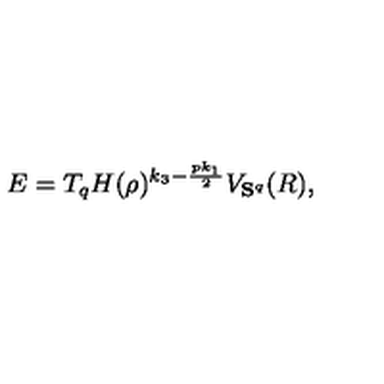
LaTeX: E = T _ { q } H ( \rho ) ^ { k _ { 3 } - \frac { p k _ { 1 } } { 2 } } V _ { { \bf S } ^ { q } } ( R ) ,